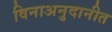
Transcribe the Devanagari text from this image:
विनाअनुदानीत